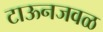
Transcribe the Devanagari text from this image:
टाऊनजवळ